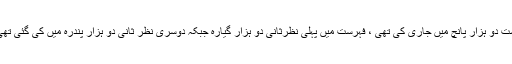
ترجمان دفتر خارجہ کے مطابق پاکستان نے اس سے قبل ایٹمی و بائیولوجیکل ہتھیاروں کی پہلی فہرست دو ہزار پانچ میں جاری کی تھی ، فہرست میں پہلی نظرثانی دو ہزار گیارہ جبکہ دوسری نظر ثانی دو ہزار پندرہ میں کی گئی تھی، ترجمان کے مطابق پاکستان نے فہرست جاری کر کے ذمہ دار ایٹمی قوت ہونے کا ثبوت دیا ہے ۔